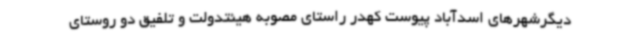
دیگرشهرهای اسدآباد پیوست کهدر راستای مصوبه هیئتدولت و تلفیق دو روستای